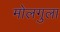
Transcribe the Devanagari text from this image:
मोलगुला